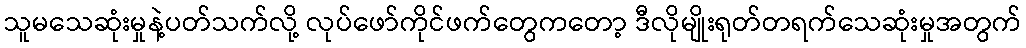
သူမသေဆုံးမှုနဲ့ပတ်သက်လို့ လုပ်ဖော်ကိုင်ဖက်တွေကတော့ ဒီလိုမျိုးရုတ်တရက်သေဆုံးမှုအတွက်